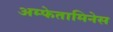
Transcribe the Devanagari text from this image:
अम्फेतामिनेस